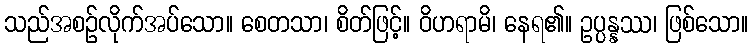
သည်အစဉ်လိုက်အပ်သော။ စေတသာ၊ စိတ်ဖြင့်။ ဝိဟရာမိ၊ နေရ၏။ ဥပ္ပန္နဿ၊ ဖြစ်သော။